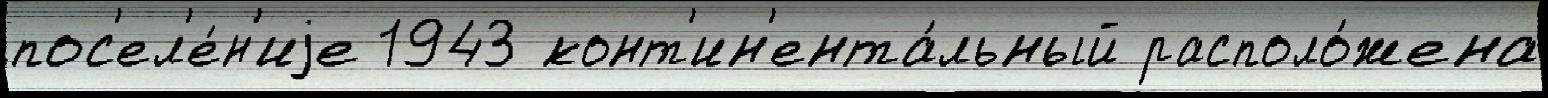
пос'ел'е́н'иjе 1943 конт'ин'ента́льный располо́жена